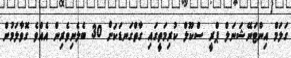
ގަލަމް އިންޓަނޭޝަނަލް ޕްރީ ސްކޫލް ކުރިމަތީގައި ގާތްގަނޑަކަށް 30 ބެލެނިވެރިން އެއްވެ ގޮވާލަމުން